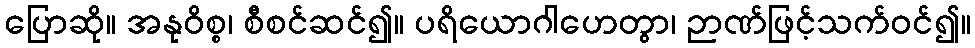
ပြောဆို။ အနုဝိစ္စ၊ စီစင်ဆင်၍။ ပရိယောဂါဟေတွာ၊ ဉာဏ်ဖြင့်သက်ဝင်၍။